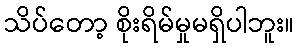
သိပ်တော့ စိုးရိမ်မှုမရှိပါဘူး။